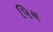
પિચ